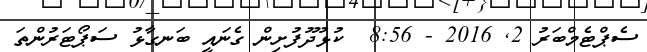
ސެޕްޓެމްބަރު 2